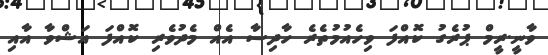
ވާނީ.ރީމް ޕުރެގު ކޮއްފަ ވިހެއުމުތެރެ ހާދިސާ އެއް މެދުވެރި ކޮއްފަ އަޝްވާ އާއި